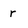
Character: r